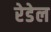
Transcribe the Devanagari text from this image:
रेडेल